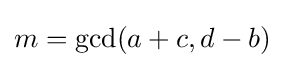
m=\operatorname {gcd} (a+c,d-b)